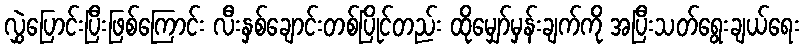
လွှဲပြောင်းပြီးဖြစ်ကြောင်း လီးနှစ်ချောင်းတစ်ပြိုင်တည်း ထိုမျှော်မှန်းချက်ကို အပြီးသတ်ရွေးချယ်ရေး